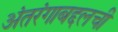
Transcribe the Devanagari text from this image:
अंतरंगाबद्दलची